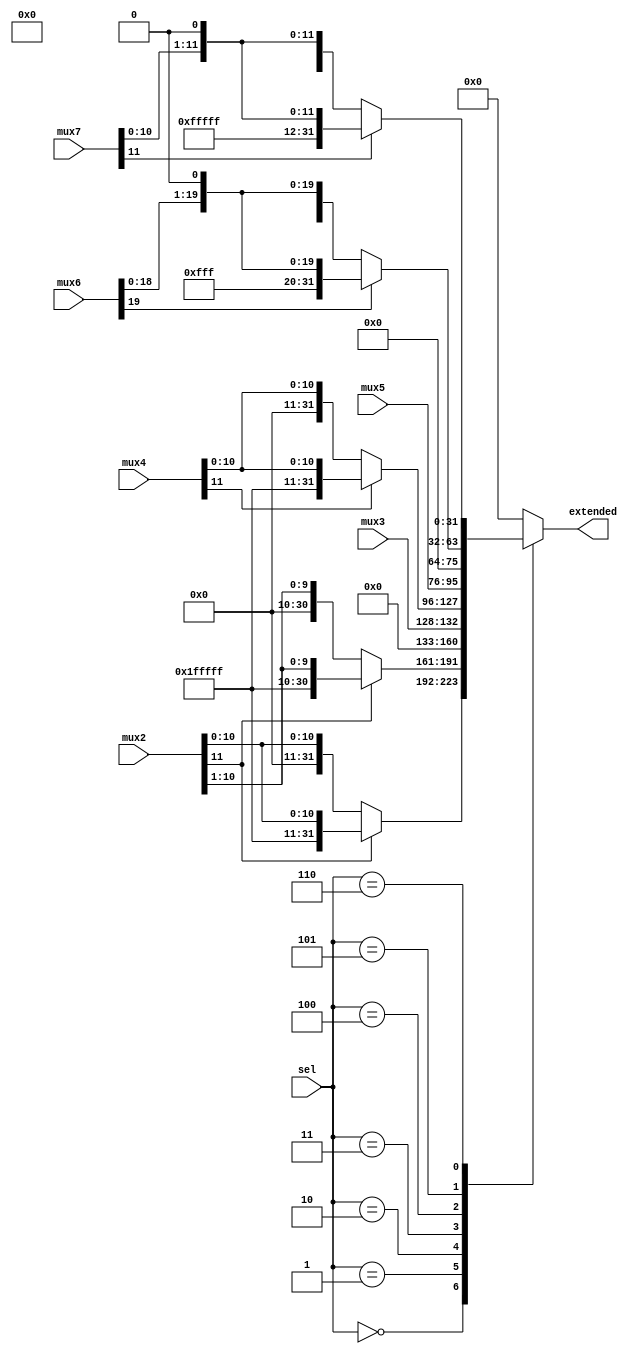
`timescale 1ns / 1ps
//////////////////////////////////////////////////////////////////////////////////
// Company: 
// Engineer: 
// 
// Design Name: 
// Module Name: extend_unit
// Project Name: 
// Target Devices: 
// Tool Versions: 
// Description: 
// 
// Dependencies: 
// 
// Revision:
// Revision 0.01 - File Created
// Additional Comments:
// 
//////////////////////////////////////////////////////////////////////////////////


module extend_unit( // unidad extensora
    input [2:0] sel, // seleccin del tipo de extensin
    input [11:0] mux2, // entrada 1
    input [4:0] mux3, // entrada 2
    input [11:0] mux4, // entrada 3
    input [19:0] mux5, // entrada 4
    input [19:0] mux6, // entrada 5
    input [11:0] mux7, // entrada 6
    output [31:0] extended // salida extendida
    );

    // distintas entradas son combinaciones que simplifican extensiones
    
    // se inicializan registros internos
    reg [31:0] mux1Ext; 
    reg [31:0] mux2Ext;
    wire [31:0] mux3Ext;
    reg [31:0] mux4Ext;
    wire [31:0] mux5Ext;
    reg [31:0] mux6Ext;
    reg [31:0] mux7Ext;

    reg [20:0] mux6shifted;
    reg [12:0] mux7shifted;

    assign mux5Ext = {mux5, 12'b0}; // extension para LUI
    assign mux3Ext = {27'b0, mux3}; // extensin sin signo

    always @(*) // extensin con signo y enmascara ltimo a 0 
        if (mux2[11] == 1) begin 
            mux2Ext <= {20'b11111111111111111111, mux2};
            mux1Ext <= {20'b11111111111111111111, mux2};
            mux2Ext[0] <= 1'b0;
        end
        else begin
            mux2Ext <= {20'b00000000000000000000, mux2};
            mux1Ext <= {20'b00000000000000000000, mux2};
            mux2Ext[0] <= 1'b0;
        end

    always @(*) // extensin con signo 
        if (mux4[11] == 1) begin
            mux4Ext <= {20'b11111111111111111111, mux4};
        end
        else begin
            mux4Ext <= {20'b00000000000000000000, mux4};
        end

    // multiplicacin con 2
    always @(*) 
        mux6shifted = mux6 << 1'b1;

    always @(*) 
        mux7shifted = mux7 << 1'b1;
   
    always @(*) // extensin con signo de inmediatos desplazados
        if (mux7shifted[12] == 1) begin
            mux7Ext <= {19'b1111111111111111111, mux7shifted};
        end
        else begin
            mux7Ext <= {19'b0000000000000000000, mux7shifted};
        end

    always @(*) // extensin con signo de inmediatos desplazados
        if (mux6shifted[20] == 1) begin
            mux6Ext <= {11'b11111111111, mux6shifted};
        end
        else begin
            mux6Ext <= {11'b00000000000, mux6shifted};
        end

    reg [31:0] muxOut;

    always @(*) // asigna las salidas
        case (sel)
         3'b000:  muxOut = mux1Ext;
         3'b001:  muxOut = mux2Ext;
         3'b010:  muxOut = mux3Ext;
         3'b011:  muxOut = mux4Ext;
         3'b100:  muxOut = mux5Ext;
         3'b101:  muxOut = mux6Ext;
         3'b110:  muxOut = mux7Ext;
         default: muxOut = 32'b0;
        endcase
      
    assign extended = muxOut; // salida
	
endmodule